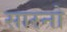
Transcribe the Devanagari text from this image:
सारनो